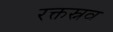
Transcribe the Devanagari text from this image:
रक्तस्नव